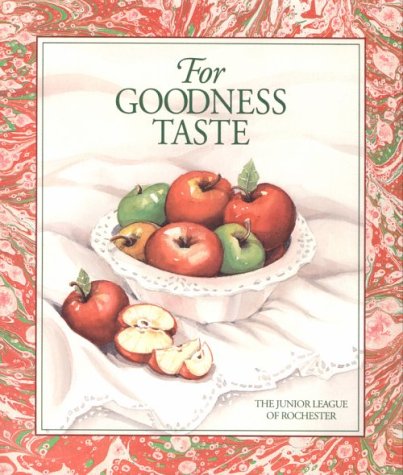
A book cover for For Goodness Taste; The Junior League of Rochester Inc.; Cookbooks, Food & Wine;